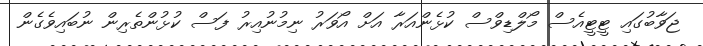
ޖަވާބުގައި ޓީޓީއެސް މޯލްޑިވްސް ކުޅެންއަރާ އަށް އޯވަރު ނިމުނުއިރު ފަސް ކުޅުންތެރިން ނުބައިވެގެން